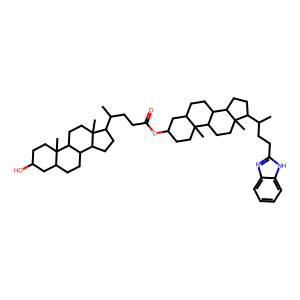
SMILES: CC(CCC(=O)OC1CCC2(C)C(CCC3C2CCC2(C)C(C(C)CCc4nc5ccccc5[nH]4)CCC32)C1)C1CCC2C3CCC4CC(O)CCC4(C)C3CCC12C
Inhibits HIV replication: No